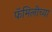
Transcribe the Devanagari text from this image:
फॅमिलीच्या